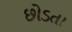
છોડતા